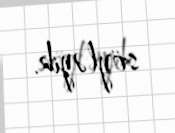
söyləyib.